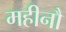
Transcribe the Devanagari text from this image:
महीनौ